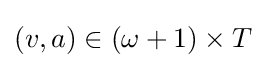
(v,a)\in (\omega +1)\times T